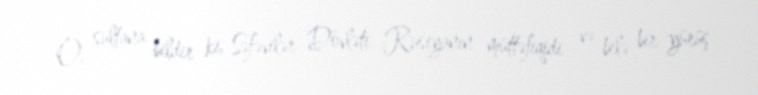
O, sultana bildir ki, Səfəvilər Dövləti Rusiyanın müttəfiqidi və belə bir yürüş